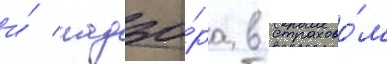
и́ надзо́ра в страхово́м